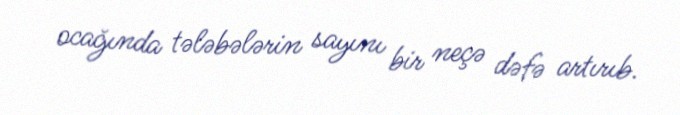
ocağında tələbələrin sayını bir neçə dəfə artırıb.